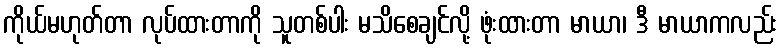
ကိုယ်မဟုတ်တာ လုပ်ထားတာကို သူတစ်ပါး မသိစေချင်လို့ ဖုံးထားတာ မာယာ၊ ဒီ မာယာကလည်း